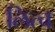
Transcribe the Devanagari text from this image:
लित्च